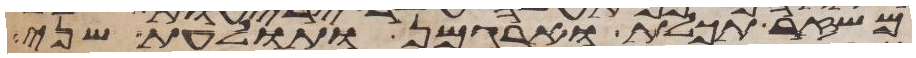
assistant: משזר תכלת וארגמן ותולעת שני